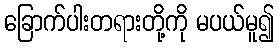
ခြောက်ပါးတရားတို့ကို မပယ်မူ၍